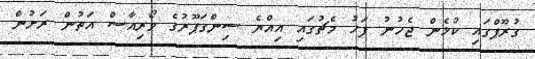
ގުރޫޕްގައި ކުޅެން ޖެހުނު ފަހު މެޗުގައި އިއްޔެ ސިންގަޕޫރުގެ ވޯރިއާސް އަތުން ރަށުން